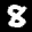
Label: 8